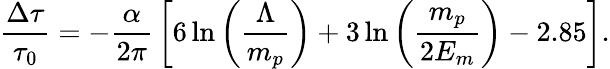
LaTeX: {\frac{\Delta\tau}{\tau_{0}}}=-{\frac{\alpha}{2\pi}}\left[6\ln\left({\frac{\Lambda}{m_{p}}}\right)+3\ln\left({\frac{m_{p}}{2E_{m}}}\right)-2.85\right].